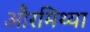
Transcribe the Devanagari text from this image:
औरमिथ्या